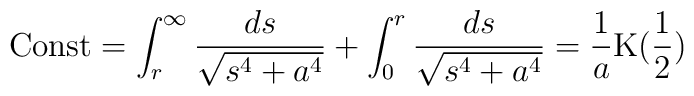
{\rm{Const}}=\int^{\infty}_{r}{\frac{ds}{\sqrt{s^4+a^4}}}+\int^{r}_{0}{\frac{ds}{\sqrt{s^4+a^4}}}=\frac{1}{a}{\rm K}(\frac{1}{2})